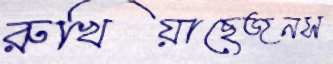
রুখিয়াছেজনস